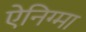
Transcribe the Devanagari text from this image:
ऐनिग्मा